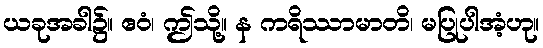
ယခုအခါ၌။ ဧဝံ၊ ဤသို့။ န ကရိဿာမာတိ၊ မပြုပါအံ့ဟု။